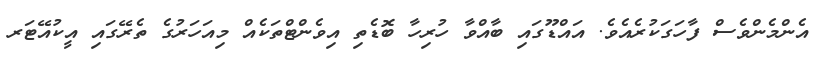
އެންމެންވެސް ފާހަގަކުރެއެވެ. އައްޑޫގައި ބާއްވާ ހުރިހާ ބޮޑެތި އިވެންޓްތަކެއް މިއަހަރުގެ ތެރޭގައި އީކުއޭޓަރ